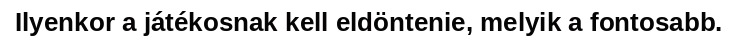
Ilyenkor a játékosnak kell eldöntenie, melyik a fontosabb.